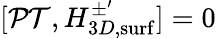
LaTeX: [\mathcal{PT},H_{3D,\mathrm{surf}}^{\pm^{\prime}}]=0